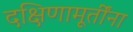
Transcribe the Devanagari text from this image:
दक्षिणामूर्तींना